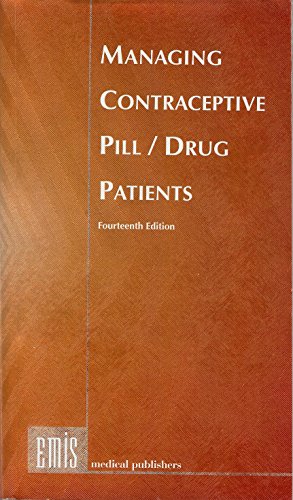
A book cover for Managing Contraceptive Pill/ Drug Patients; Richard P. Dickey; Medical Books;